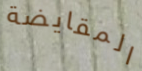
المقايضة